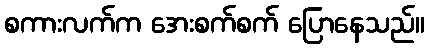
စကားလက်က အေးစက်စက် ပြောနေသည်။